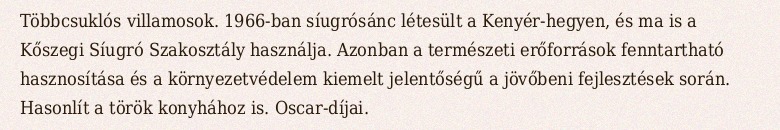
Többcsuklós villamosok. 1966-ban síugrósánc létesült a Kenyér-hegyen, és ma is a Kőszegi Síugró Szakosztály használja. Azonban a természeti erőforrások fenntartható hasznosítása és a környezetvédelem kiemelt jelentőségű a jövőbeni fejlesztések során. Hasonlít a török konyhához is. Oscar-díjai.